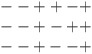
\begin{align*}\begin{array}{c} --++-+ \\ --+-++ \\ --+--+ \end{array}\end{align*}